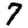
Digit: 7